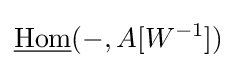
{\underline {\text{Hom}}}(-,A[W^{-1}])